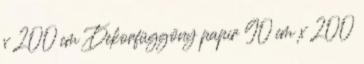
x 200 cm Dekorfüggöny papír 90 cm x 200